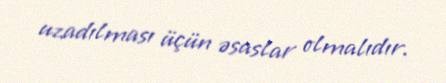
uzadılması üçün əsaslar olmalıdır.